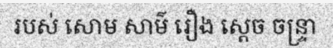
របស់ សោម សាម៌ រឿង ស្តេច ចន្ទ្រា